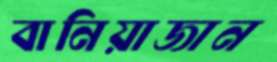
বানিয়াজান